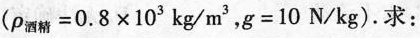
($$\rho _{酒精}=0.8\times 10^{3}kg/m^{3}$$,$$g=10N/kg$$).求：